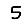
Digit: 5